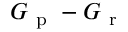
G _ { \mathrm { ~ p ~ } } \- - G _ { \mathrm { ~ r ~ } }